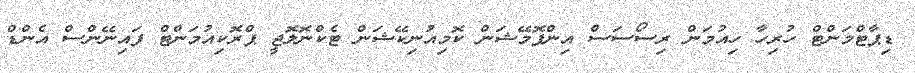
ޑިޕާޓްމަންޓް ހުރިހާ ހިއުމަން ރިސޯސަސް އިންފޮމޭޝަން ކޮމިއުނިކޭޝަން ޓެކްނޮލޮޖީ ޕްރޮކިއުމަންޓް ފައިނޭންސް އެންޑް